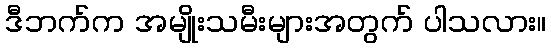
ဒီဘက်က အမျိုးသမီးများအတွက် ပါသလား။